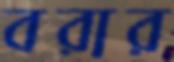
বরার